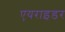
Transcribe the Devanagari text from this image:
एयराइडर